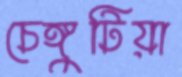
চেঙ্গুটিয়া